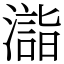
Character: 𣿉